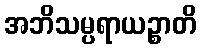
အဘိသမ္ပရာယဉ္စာတိ